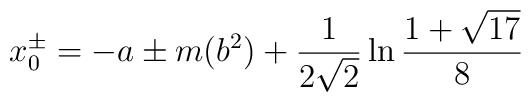
x_0^\pm =-a\pm m(b^2)+\frac{1}{2\sqrt{2}}\ln \frac{1+\sqrt{17}}{8}